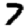
Digit: 7